Vaccination in Bombay 1856-1862 - 1856-1862
Year: 1856
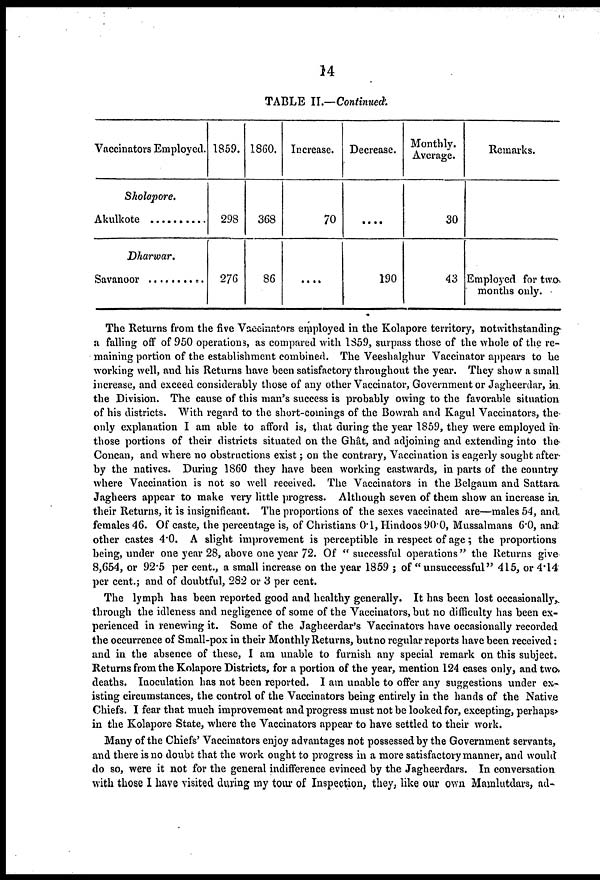
14
TABLE II.—Continued.
Vaccinators Employed.
Sholapore.
Akulkote . . . . . .
Dharwar.
Savanoor . . . . .
1859.
298
276
1860.
368
86
Increase.
70
....
Decrease.
....
190
Monthly.
Average.
30
43
Remarks.
Employed for two
months only.
The Returns from the five Vaccinators employed in the Kolapore territory, notwithstanding
a falling off of 950 operations, as compared with 1859, surpass those of the whole of the re-
maining portion of the establishment combined. The Veeshalghur Vaccinator appears to he
working well, and his Returns have been satisfactory throughout the year. They show a small
increase, and exceed considerably those of any other Vaccinator, Government or Jagheerdar, in
the Division. The cause of this man's success is probably owing to the favorable situation
of his districts. With regard to the short-comings of the Bowrah and Kagul Vaccinators, the
only explanation I am able to afford is, that during the year 1859, they were employed in
those portions of their districts situated on the Ghât, and adjoining and extending into the
Concan, and where no obstructions exist; on the contrary, Vaccination is eagerly sought after
by the natives. During 1860 they have been working eastwards, in parts of the country
where Vaccination is not so well received. The Vaccinators in the Belgaum and Sattara
Jagheers appear to make very little progress. Although seven of them show an increase in
their Returns, it is insignificant. The proportions of the sexes vaccinated are—males 54, and
females 46. Of caste, the percentage is, of Christians 0.1, Hindoos 90.0, Mussalmans 6.0, and
other castes 4.0. A slight improvement is perceptible in respect of age; the proportions
being, under one year 28, above one year 72. Of " successful operations" the Returns give
8,654, or 92.5 per cent., a small increase on the year 1859 ; of "unsuccessful" 415, or 4.14
per cent.; and of doubtful, 282 or 3 per cent.
The lymph has been reported good and healthy generally. It has been lost occasionally,
through the idleness and negligence of some of the Vaccinators, but no difficulty has been ex-
perienced in renewing it. Some of the Jagheerdar's Vaccinators have occasionally recorded
the occurrence of Small-pox in their Monthly Returns, butno regular reports have been received:
and in the absence of these, I am unable to furnish any special remark on this subject.
Returns from the Kolapore Districts, for a portion of the year, mention 124 cases only, and two
deaths. Inoculation has not been reported. I am unable to offer any suggestions under ex-
isting circumstances, the control of the Vaccinators being entirely in the hands of the Native
Chiefs. I fear that much improvement and progress must not be looked for, excepting, perhaps
in the Kolapore State, where the Vaccinators appear to have settled to their work.
Many of the Chiefs' Vaccinators enjoy advantages not possessed by the Government servants,
and there is no doubt that the work ought to progress in a more satisfactory manner, and would
do so, were it not for the general indifference evinced by the Jagheerdars. In conversation
with those I have visited during my tour of Inspection, they, like our own Mamlutdars, ad-